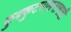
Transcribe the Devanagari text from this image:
कुक्कुटपालनाचाही